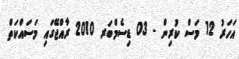
އަހަރު 12 މަސް ކުރިން - 03 ޑިސެމްބަރ 2010 ރާއްޖޭގައި މަސައްކަތް